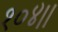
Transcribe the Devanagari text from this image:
१०४।।